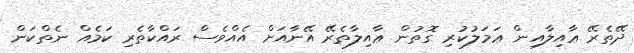
ދޭތެރޭ ޢާއިލާއިން ޢަމަލުކުރި ގޮތުން ޢާއިލާތެރޭ އޭނާއަށް އެއްވެސް ރައްކާތެރި ކަމެއް ނެތްކަން